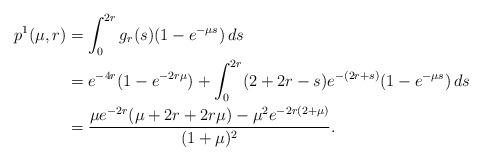
LaTeX: \begin{align*}p^1(\mu,r)&=\int_0^{2r}g_r(s)(1-e^{-\mu s})\,ds\\&=e^{-4r}(1-e^{-2r\mu})+\int_0^{2r}(2+2r-s)e^{-(2r+s)}(1-e^{-\mu s})\,ds\\&=\frac{\mu e^{-2r}(\mu+2r+2r\mu)-\mu^2e^{-2r(2+\mu)}}{(1+\mu)^2}.\end{align*}